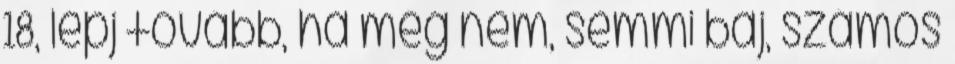
18, lépj tovább, ha még nem, semmi baj, számos